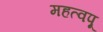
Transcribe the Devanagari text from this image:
महत्वपू